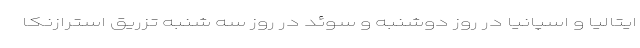
ایتالیا و اسپانیا در روز دوشنبه و سوئد در روز سه شنبه تزریق استرازنکا